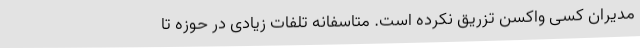
مدیران کسی واکسن تزریق نکرده است. متاسفانه تلفات زیادی در حوزه تا